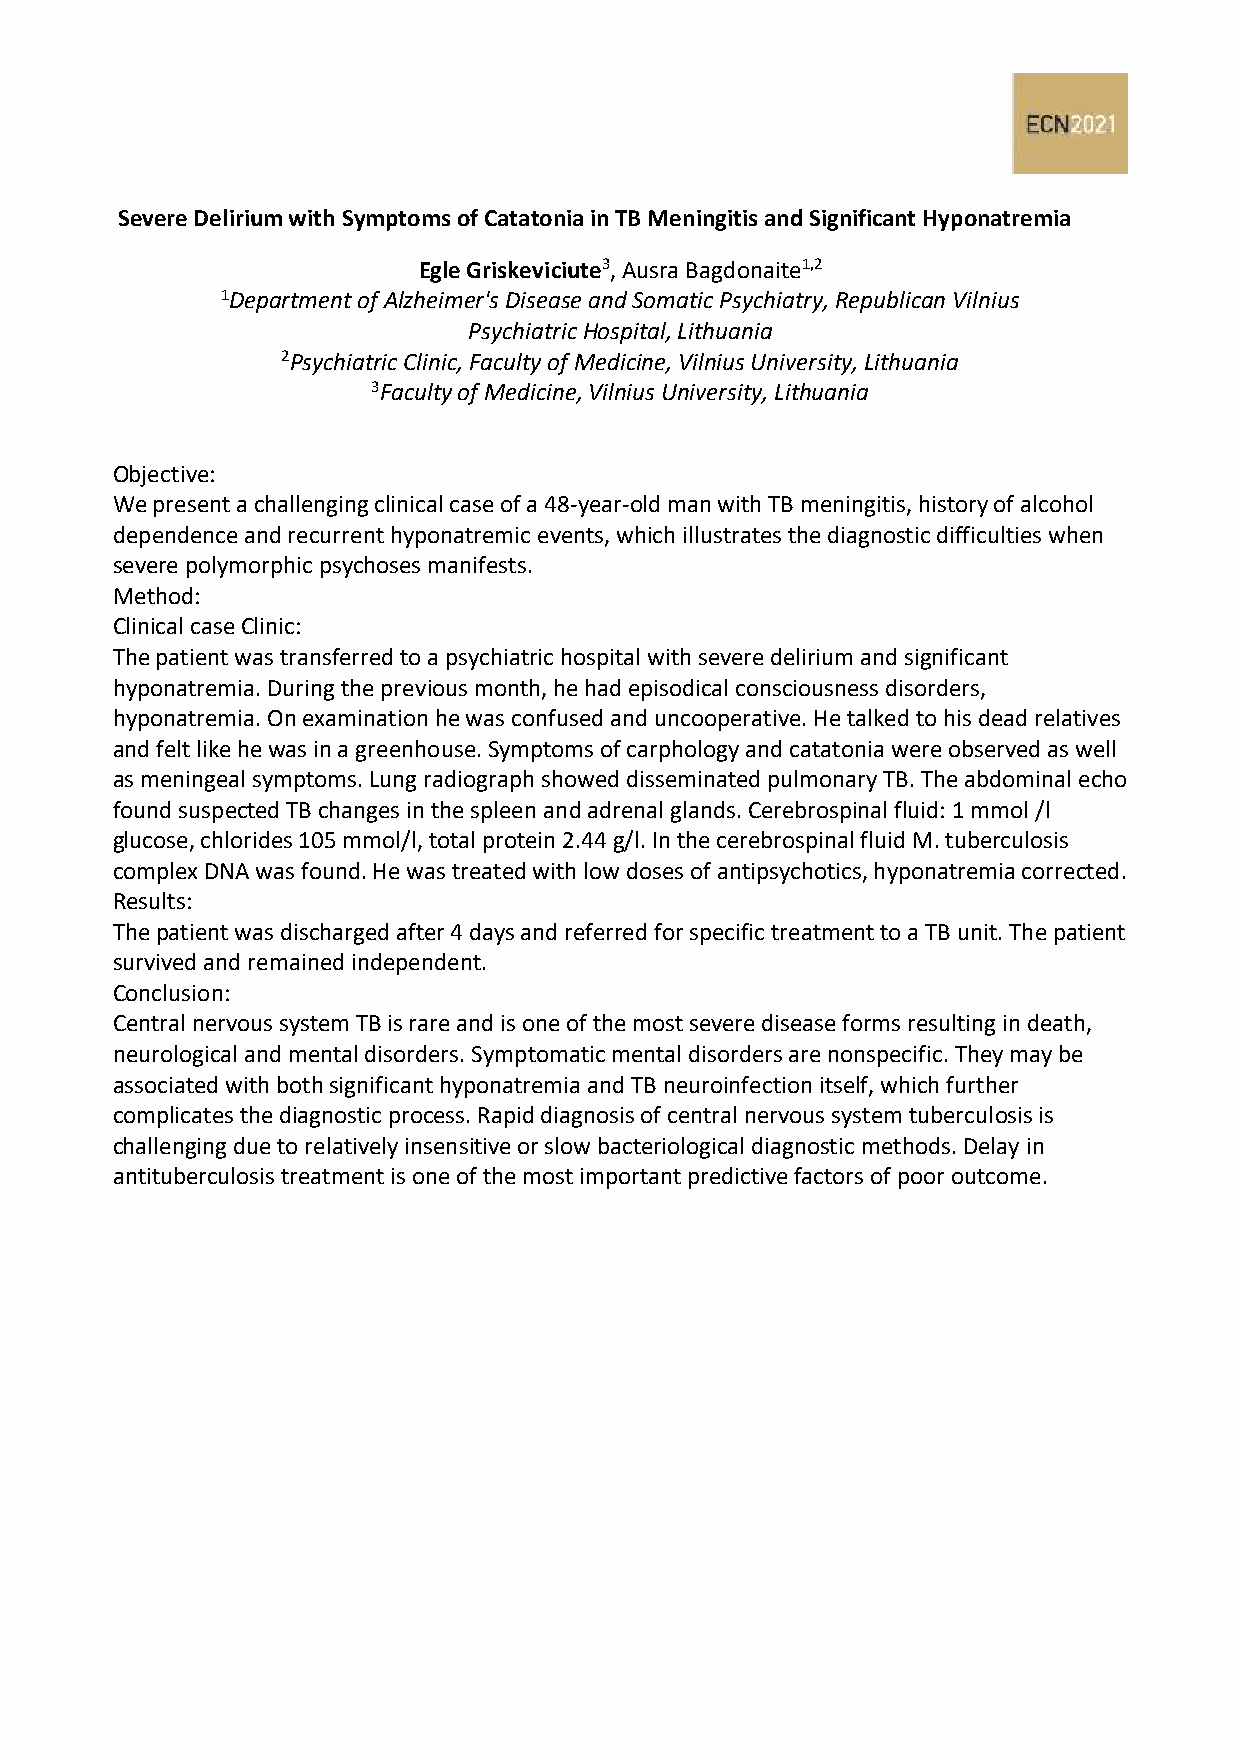
Severe Delirium with Symptoms of Catatonia in TB Meningitis and Significant Hyponatremia
 Egle Griskeviciute3, Ausra Bagdonaite1,2
 1Department of Alzheimer's Disease and Somatic Psychiatry, Republican Vilnius
 Psychiatric Hospital, Lithuania
 2Psychiatric Clinic, Faculty of Medicine, Vilnius University, Lithuania
 3Faculty of Medicine, Vilnius University, Lithuania
 Objective:
 We present a challenging clinical case of a 48-year-old man with TB meningitis, history of alcohol
 dependence and recurrent hyponatremic events, which illustrates the diagnostic difficulties when
 severe polymorphic psychoses manifests.
 Method:
 Clinical case Clinic:
 The patient was transferred to a psychiatric hospital with severe delirium and significant
 hyponatremia. During the previous month, he had episodical consciousness disorders,
 hyponatremia. On examination he was confused and uncooperative. He talked to his dead relatives
 and felt like he was in a greenhouse. Symptoms of carphology and catatonia were observed as well
 as meningeal symptoms. Lung radiograph showed disseminated pulmonary TB. The abdominal echo
 found suspected TB changes in the spleen and adrenal glands. Cerebrospinal fluid: 1 mmol /l
 glucose, chlorides 105 mmol/l, total protein 2.44 g/l. In the cerebrospinal fluid M. tuberculosis
 complex DNA was found. He was treated with low doses of antipsychotics, hyponatremia corrected.
 Results:
 The patient was discharged after 4 days and referred for specific treatment to a TB unit. The patient
 survived and remained independent.
 Conclusion:
 Central nervous system TB is rare and is one of the most severe disease forms resulting in death,
 neurological and mental disorders. Symptomatic mental disorders are nonspecific. They may be
 associated with both significant hyponatremia and TB neuroinfection itself, which further
 complicates the diagnostic process. Rapid diagnosis of central nervous system tuberculosis is
 challenging due to relatively insensitive or slow bacteriological diagnostic methods. Delay in
 antituberculosis treatment is one of the most important predictive factors of poor outcome.